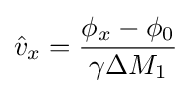
{\hat {v}}_{x}={\frac {\phi _{x}-\phi _{0}}{\gamma \Delta M_{1}}}